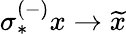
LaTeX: \sigma_{*}^{(-)}x\rightarrow\widetilde{x}